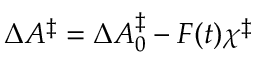
\Delta A ^ { \ddag } = \Delta A _ { 0 } ^ { \ddag } - F ( t ) \chi ^ { \ddag }